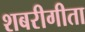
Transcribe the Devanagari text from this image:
शबरीगीता